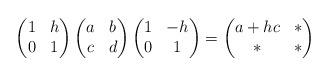
LaTeX: \begin{align*}\begin{pmatrix}1 & h \\0 & 1\end{pmatrix}\begin{pmatrix}a & b \\c & d\end{pmatrix}\begin{pmatrix}1 & -h \\0 & 1\end{pmatrix}=\begin{pmatrix}a+h c & \ast \\\ast & \ast\end{pmatrix}\end{align*}